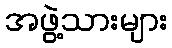
အဖွဲ့သားများ